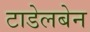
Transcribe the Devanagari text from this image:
टाडेलबेन